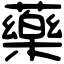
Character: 藥